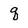
Character: q